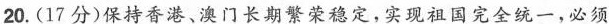
20.(17分)保持香港、澳门长期繁荣稳定，实现祖国完全统一，必须